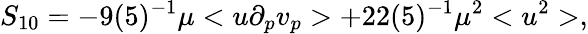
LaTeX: S_{10}=-9(5)^{-1}\mu<u\partial_{p}v_{p}>+22(5)^{-1}\mu^{2}<u^{2}>,